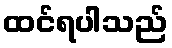
ထင်ရပါသည်